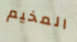
المخيم